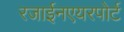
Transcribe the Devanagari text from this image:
रजाईनएयरपोर्ट